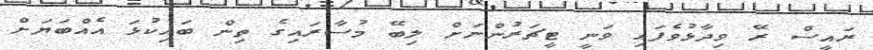
ރައީސް ރޭ ވިދާޅުވެފައި ވަނީ ޓީޗަރުންނަށް ލިބޭ މުސާރައިގެ ތިން ބައިކުޅަ އެއްބަޔަށް